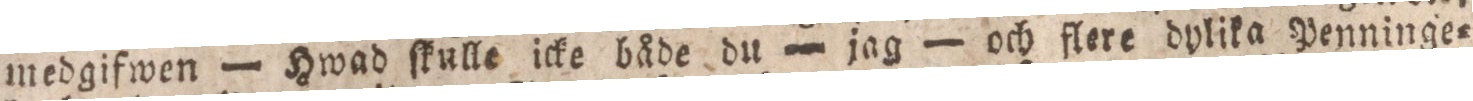
medgifwen — Hwad ſkulle icke både du — jag — och flere dylika Penninge=